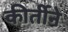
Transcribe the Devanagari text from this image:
कीर्तीने